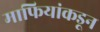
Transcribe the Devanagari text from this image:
माफियांकडून